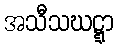
အသီသဃဋ္ဋာ